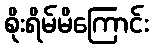
စိုးရိမ်မိကြောင်း